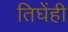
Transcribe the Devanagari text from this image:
तिघेंही